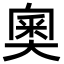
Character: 奧